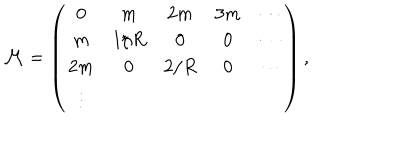
{ \cal M } = \left( \begin{matrix} { { 0 } } & { { m } } & { { 2 m } } & { { 3 m } } & { { \cdots } } \\ { { m } } & { { 1 / R } } & { { 0 } } & { { 0 } } & { { \cdots } } \\ { { 2 m } } & { { 0 } } & { { 2 / R } } & { { 0 } } & { { \cdots } } \\ { { \vdots } } \\ \end{matrix} \right) ,